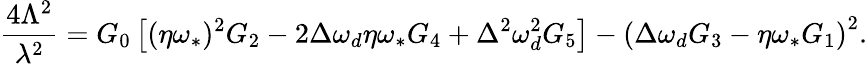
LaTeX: \frac{4\Lambda^{2}}{\lambda^{2}}=G_{0}\left[(\eta\omega_{\ast})^{2}G_{2}-2\Delta\omega_{d}\eta\omega_{\ast}G_{4}+\Delta^{2}\omega_{d}^{2}G_{5}\right]-\left(\Delta\omega_{d}G_{3}-\eta\omega_{\ast}G_{1}\right)^{2}.